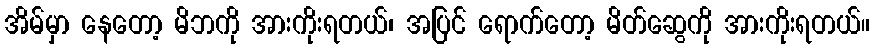
အိမ်မှာ နေတော့ မိဘကို အားကိုးရတယ်၊ အပြင် ရောက်တော့ မိတ်ဆွေကို အားကိုးရတယ်။